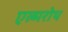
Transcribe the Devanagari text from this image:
एल्मरोथ